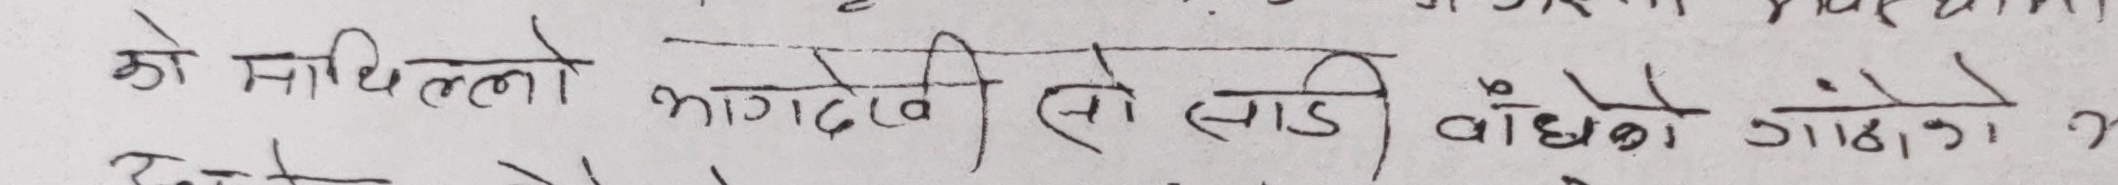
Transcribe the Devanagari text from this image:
को माथिल्लो भागदेखि (यो साइड) बाँधेको गाडीको